Report of the Indian Hemp Drugs Commission, 1894-1895 - Volume VII
Year: 1894
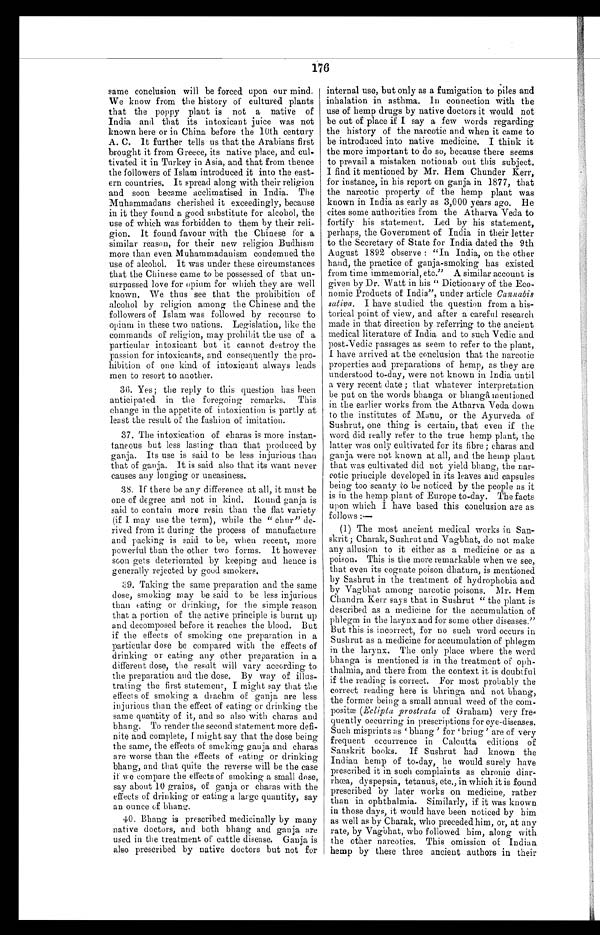
176
same conclusion will be forced upon our mind.
We know from the history of cultured plants
that the poppy plant is not a native of
India and that its intoxicant juice was not
known here or in China before the 10th century
A. C. It further tells us that the Arabians first
brought it from Greece, its native place, and cul-
tivated it in Turkey in Asia, and that from thence
the followers of Islam introduced it into the east-
ern countries. It spread along with their religion
and soon became acclimatised in India. The
Muhammadans cherished it exceedingly, because
in it they found a good substitute for alcohol, the
use of which was forbidden to them by their reli-
gion. It found favour with the Chinese for a
similar reason, for their new religion Budhism
more than even Muhammadanism condemned the
use of alcohol. It was under these circumstances
that the Chinese came to be possessed of that un-
surpassed love for opium for which they are well
known. We thus see that the prohibition of
alcohol by religion among the Chinese and the
followers of Islam was followed by recourse to
opium in these two nations. Legislation, like the
commands of religion, may prohibit the use of a
particular intoxicant but it cannot destroy the
passion for intoxicants, and consequently the pro-
hibition of one kind of intoxicant always leads
men to resort to another.
36. Yes; the reply to this question has been
anticipated in the foregoing remarks. This
change in the appetite of intoxication is partly at
least the result of the fashion of imitation.
37. The intoxication of charas is more instan-
taneous but less lasting than that produced by
ganja. Its use is said to be less injurious than
that of ganja. It is said also that its want never
causes any longing or uneasiness.
38. If there be any difference at all, it must be
one of degree and not in kind. Round ganja is
said to contain more resin than the flat variety
(if I may use the term), while the " chur " de-
rived from it during the process of manufacture
and packing is said to be, when recent, more
powerful than the other two forms. It however
soon gets deteriorated by keeping and hence is
generally rejected by good smokers.
39. Taking the same preparation and the same
dose, smoking may be said to be less injurious
than eating or drinking, for the simple reason
that a portion of the active principle is burnt up
and decomposed before it reaches the blood. But
if the effects of smoking one preparation in a
particular dose be compared with the effects of
drinking or eating any other preparation in a
different dose, the result will vary according to
the preparation and the dose. By way of illus-
trating the first statement, I might say that the
effects of smoking a drachm of ganja are less
injurious than the effect of eating or drinking the
same quantity of it, and so also with charas and
bhang. To render the second statement more defi-
nite and complete, I might say that the dose being
the same, the effects of smoking ganja and charas
are worse than the effects of eating or drinking
bhang, and that quite the reverse will be the case
if we compare the effects of smoking a small dose,
say about 10 grains, of ganja or charas with the
effects of drinking or eating a large quantity, say
an ounce of bhang.
40. Bhang is prescribed medicinally by many
native doctors, and both bhang and ganja are
used in the treatment of cattle disease. Ganja is
also prescribed by native doctors but not for
internal use, but only as a fumigation to piles and
inhalation in asthma. In connection with the
use of hemp drugs by native doctors it would not
be out of place if I say a few words regarding
the history of the narcotic and when it came to
be introduced into native medicine. I think it
the more important to do so, because there seems
to prevail a mistaken notionab out this subject.
I find it mentioned by Mr. Hem Chunder Kerr,
for instance, in his report on ganja in 1877, that
the narcotic property of the hemp plant was
known in India as early as 3,000 years ago. He
cites some authorities from the Atharva Veda to
fortify his statement. Led by his statement,
perhaps, the Government of India in their letter
to the Secretary of State for India dated the 9th
August 1892 observe : "In India, on the other
hand, the practice of ganja-smoking has existed
from time immemorial, etc." A similar account is
given by Dr. Watt in his " Dictionary of the Eco-
nomic Products of India", under article Cannabis
sativa. I have studied the question from a his-
torical point of view, and after a careful research
made in that direction by referring to the ancient
medical literature of India and to such Vedic and
post-Vedic passages as seem to refer to the plant,
I have arrived at the conclusion that the narcotic
properties and preparations of hemp, as they are
understood to-day, were not known in India until
a very recent date ; that whatever interpretation
be put on the words bhanga or bhangâ mentioned
in the earlier works from the Atharva Veda down
to the institutes of Manu, or the Ayurveda of
Sushrut, one thing is certain, that even if the
word did really refer to the true hemp plant, the
latter was only cultivated for its fibre ; charas and
ganja were not known at all, and the hemp plant
that was cultivated did not yield bhang, the nar-
cotic principle developed in its leaves and capsules
being too scanty to be noticed by the people as it
is in the hemp plant of Europe to-day. The facts
upon which I have based this conclusion are as
follows :—
(1) The most ancient medical works in San-
skrit ; Charak, Sushrut and Vagbhat, do not make
any allusion to it either as a medicine or as a
poison. This is the more remarkable when we see,
that even its cognate poison dhatura, is mentioned
by Sashrut in the treatment of hydrophobia and
by Vagbhat among narcotic poisons. Mr. Hem
Chandra Kerr says that in Sushrut " the plant is
described as a medicine for the accumulation of
phlegm in the larynx and for some other diseases."
But this is incorrect, for no such word occurs in
Sushrut as a medicine for accumulation of phlegm
in the larynx. The only place where the word
bhanga is mentioned is in the treatment of oph-
thalmia, and there from the context it is doubtful
if time reading is correct. For most probably the
correct reading here is bhringa and not bhang,
the former being a small annual weed of the
c o m ¬ p o s i t æ
( E c l i p t a p r o s t r a t a
of Graham) very fre
¬quently occurring in prescriptions for eye-diseases.
Such mi spri nt s as ' bhang ' for ' bri ng ' are of very
frequent occurrence in Calcutta editions of
Sanskrit books. If Sushrut had known the
Indian hemp of to-day, he would surely have
prescribed it in such complaints as chronic
d i a r ¬ r h œ a , d y s p e p s i a , t e t a n u s , e t c . , i n w h i c h i t i s f o u n d
prescribed by later works on medicine, rather
than in ophthalmia. Similarly, if it was known
in those days, it would have been noticed by him
as well as by Charak, who preceded him, or, at any
rate, by Vagbhat, who followed him, along with
the other narcotics. This omission of Indian
hemp by these three ancient authors in their